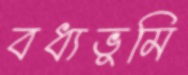
বধ্যভূমি